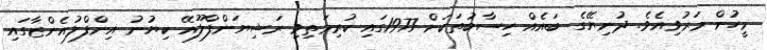
މީހުން މަރުވިއެވެ. ދުނިޔޭގެ ބައެއް ހިސާބުތަކަށް 1977ގައި ކުރިމަތިވި ރަޝިޔަންފްލޫއޭ ކިޔުނު އިންފްލުއެންޒާގައި